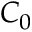
C _ { 0 }